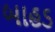
બાહડ